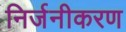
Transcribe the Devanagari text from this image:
निर्जनीकरण